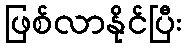
ဖြစ်လာနိုင်ပြီး